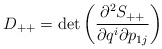
\begin{align*}D_{++}= \det \left(\frac{ \partial^2 S_{++}}{ \partial q^i \partial p_{1j}}\right) \end{align*}